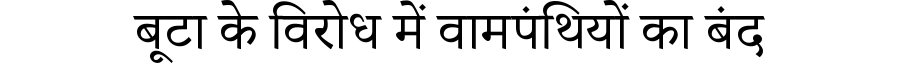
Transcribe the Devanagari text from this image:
बूटा के विरोध में वामपंथियों का बंद